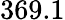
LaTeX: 369.1